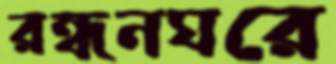
রন্ধনঘরে